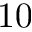
1 0